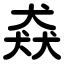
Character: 猋